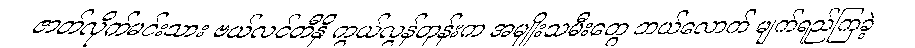
ဇာတ်လိုက်မင်းသား ဗယ်လင်တီနို ကွယ်လွန်တုန်းက အမျိုးသမီးတွေ ဘယ်လောက် မျက်ရည်ကြခဲ့